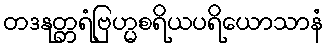
တဒနုတ္တရံဗြဟ္မစရိယပရိယောသာနံ